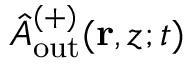
\hat { A } _ { \mathrm { o u t } } ^ { ( + ) } ( \mathbf { r } , z ; t )